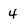
Character: 4